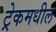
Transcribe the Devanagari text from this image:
ट्रेकमधील